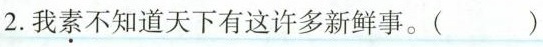
2.我素不知道天下有这许多新鲜事。()